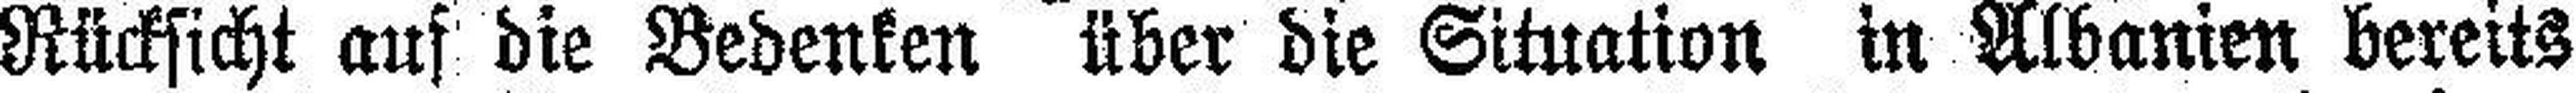
Rücksicht auf die Bedenken über die Situation in Albanien bereits